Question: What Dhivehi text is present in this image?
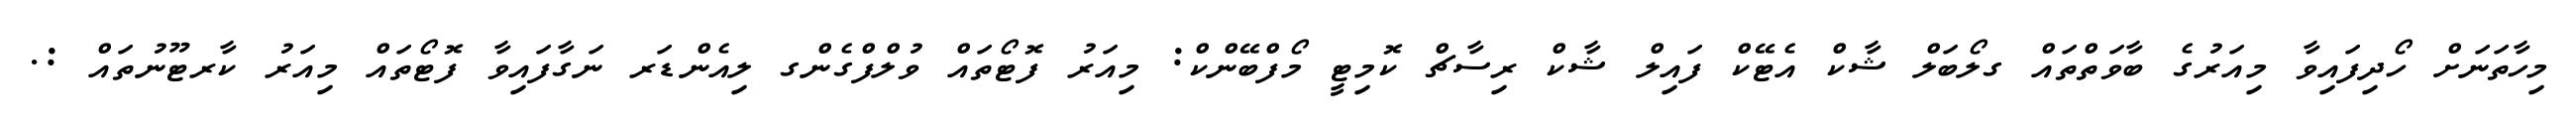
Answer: މިހާތަނަށް ހޯދިފައިވާ މިއަރުގެ ބާވަތްތައް ގލޯބަލް ޝާކް އެޓޭކް ފައިލް ޝާކް ރިސާޗް ކޮމިޓީ މޯފްބޭންކް: މިއަރު ފޮޓޯތައް ވުލްފްގެންގ ލިއެންޑަރ ނަގާފައިވާ ފޮޓޯތައް މިއަރު ކާރޓޫނުތައް :.